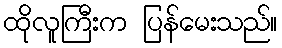
ထိုလူကြီးက ပြန်မေးသည်။